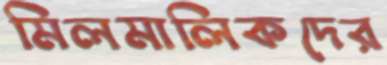
মিলমালিকদের